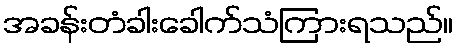
အခန်းတံခါးခေါက်သံကြားရသည်။